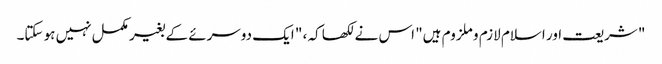
" شریعت اور اسلام لازم و ملزوم ہیں" اس نے لکھا کہ ، " ایک دوسرئے کے بغیر مکمل نہیں ہو سکتا۔